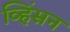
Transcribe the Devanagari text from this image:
व्हिंसन